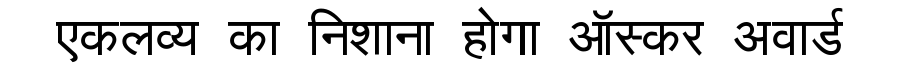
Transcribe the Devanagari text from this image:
एकलव्य का निशाना होगा ऑस्कर अवार्ड